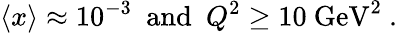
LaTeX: \langle x\rangle\approx 10^{-3}~~\mathrm{and}~~Q^{2}\ge 10~\mathrm{GeV}^{2}\ .